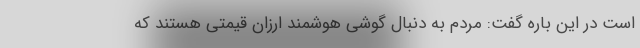
است در این باره گفت: مردم به دنبال گوشی هوشمند ارزان قیمتی هستند که